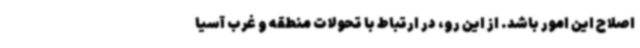
اصلاح این امور باشد. از این رو، در ارتباط با تحولات منطقه و غرب آسیا